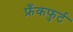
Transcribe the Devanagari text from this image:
फ्रँकफुर्ट